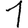
Digit: 1